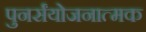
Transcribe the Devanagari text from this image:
पुनर्संयोजनात्मक